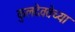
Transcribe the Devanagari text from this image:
कुलदेवतेच्या